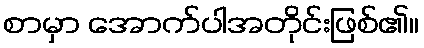
စာမှာ အောက်ပါအတိုင်းဖြစ်၏။